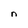
Character: n